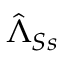
\hat { \Lambda } _ { S s }